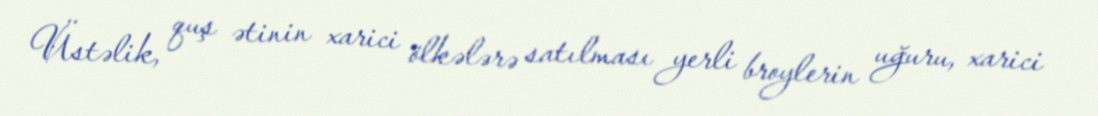
Üstəlik, quş ətinin xarici ölkələrə satılması yerli broylerin uğuru, xarici